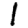
Digit: 1